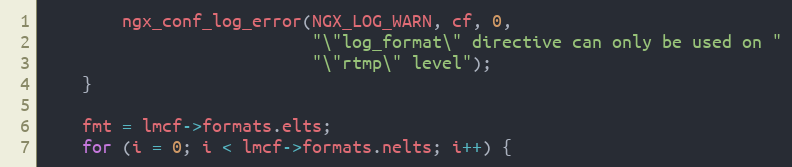
Language: C
        ngx_conf_log_error(NGX_LOG_WARN, cf, 0,
                           "\"log_format\" directive can only be used on "
                           "\"rtmp\" level");
    }

    fmt = lmcf->formats.elts;
    for (i = 0; i < lmcf->formats.nelts; i++) {